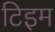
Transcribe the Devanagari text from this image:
टिइम